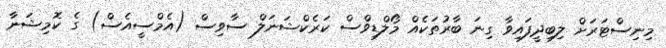
މިނިސްޓަރަށް ލިބިދީފައިވާ ގިނަ ބާރުތަކެއް މޯލްޑިވްސް ކަރެކްޝަނަލް ސާވިސް (އެމްސީއެސް) ގެ ކޮމިޝަނާ